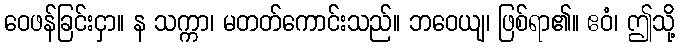
ဝေဖန်ခြင်းငှာ။ န သက္ကာ၊ မတတ်ကောင်းသည်။ ဘဝေယျ၊ ဖြစ်ရာ၏။ ဧဝံ၊ ဤသို့